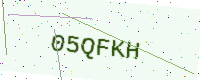
Text: 05QFKH